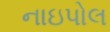
નાઇપોલ